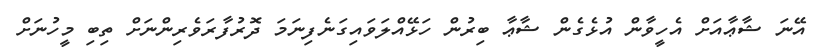
އޭނަ ޝާޢާއަށް އެހީވާން އުޅެގެން ޝާޢާ ބިރުން ހަޅޭއްލަވައިގަނެފިނަމަ ދޮރުފާރަވެރިންނަށް ތިބި މީހުނަށް